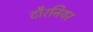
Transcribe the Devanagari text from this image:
टौरनियर